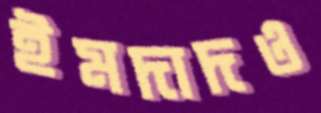
ইমদাদও